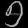
Digit: ၅